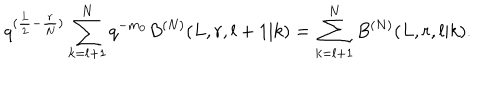
q ^ { ( \frac { L } { 2 } - \frac { r } { N } ) } \sum _ { k = l + 1 } ^ { N } q ^ { - m _ { 0 } } B ^ { ( N ) } ( L , r , l + 1 | k ) = \sum _ { k = l + 1 } ^ { N } B ^ { ( N ) } ( L , r , l | k ) .